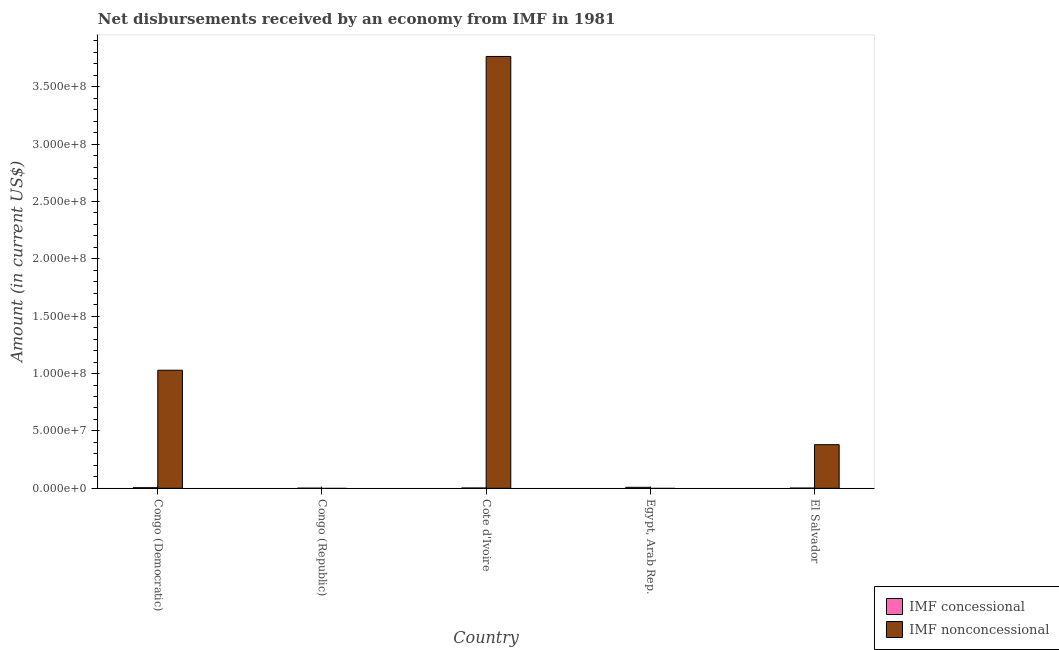
| Country | IMF concessional | IMF nonconcessional |
 | --- | --- | --- |
 | Congo (Democratic) | 5.04e+05 | 1.03e+08 |
 | Congo (Republic) | 5.8e+04 | -8e+06 |
 | Cote d'Ivoire | 2.31e+05 | 3.76e+08 |
 | Egypt, Arab Rep. | 8.38e+05 | -9.19e+07 |
 | El Salvador | 1.56e+05 | 3.8e+07 |